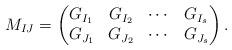
LaTeX: \begin{align*} M_{IJ}=\begin{pmatrix}G_{I_1} & G_{I_2} & \cdots & G_{I_s}\\ G_{J_1} & G_{J_2} & \cdots & G_{J_s}\end{pmatrix}. \end{align*}